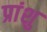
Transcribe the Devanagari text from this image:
प्रांशु